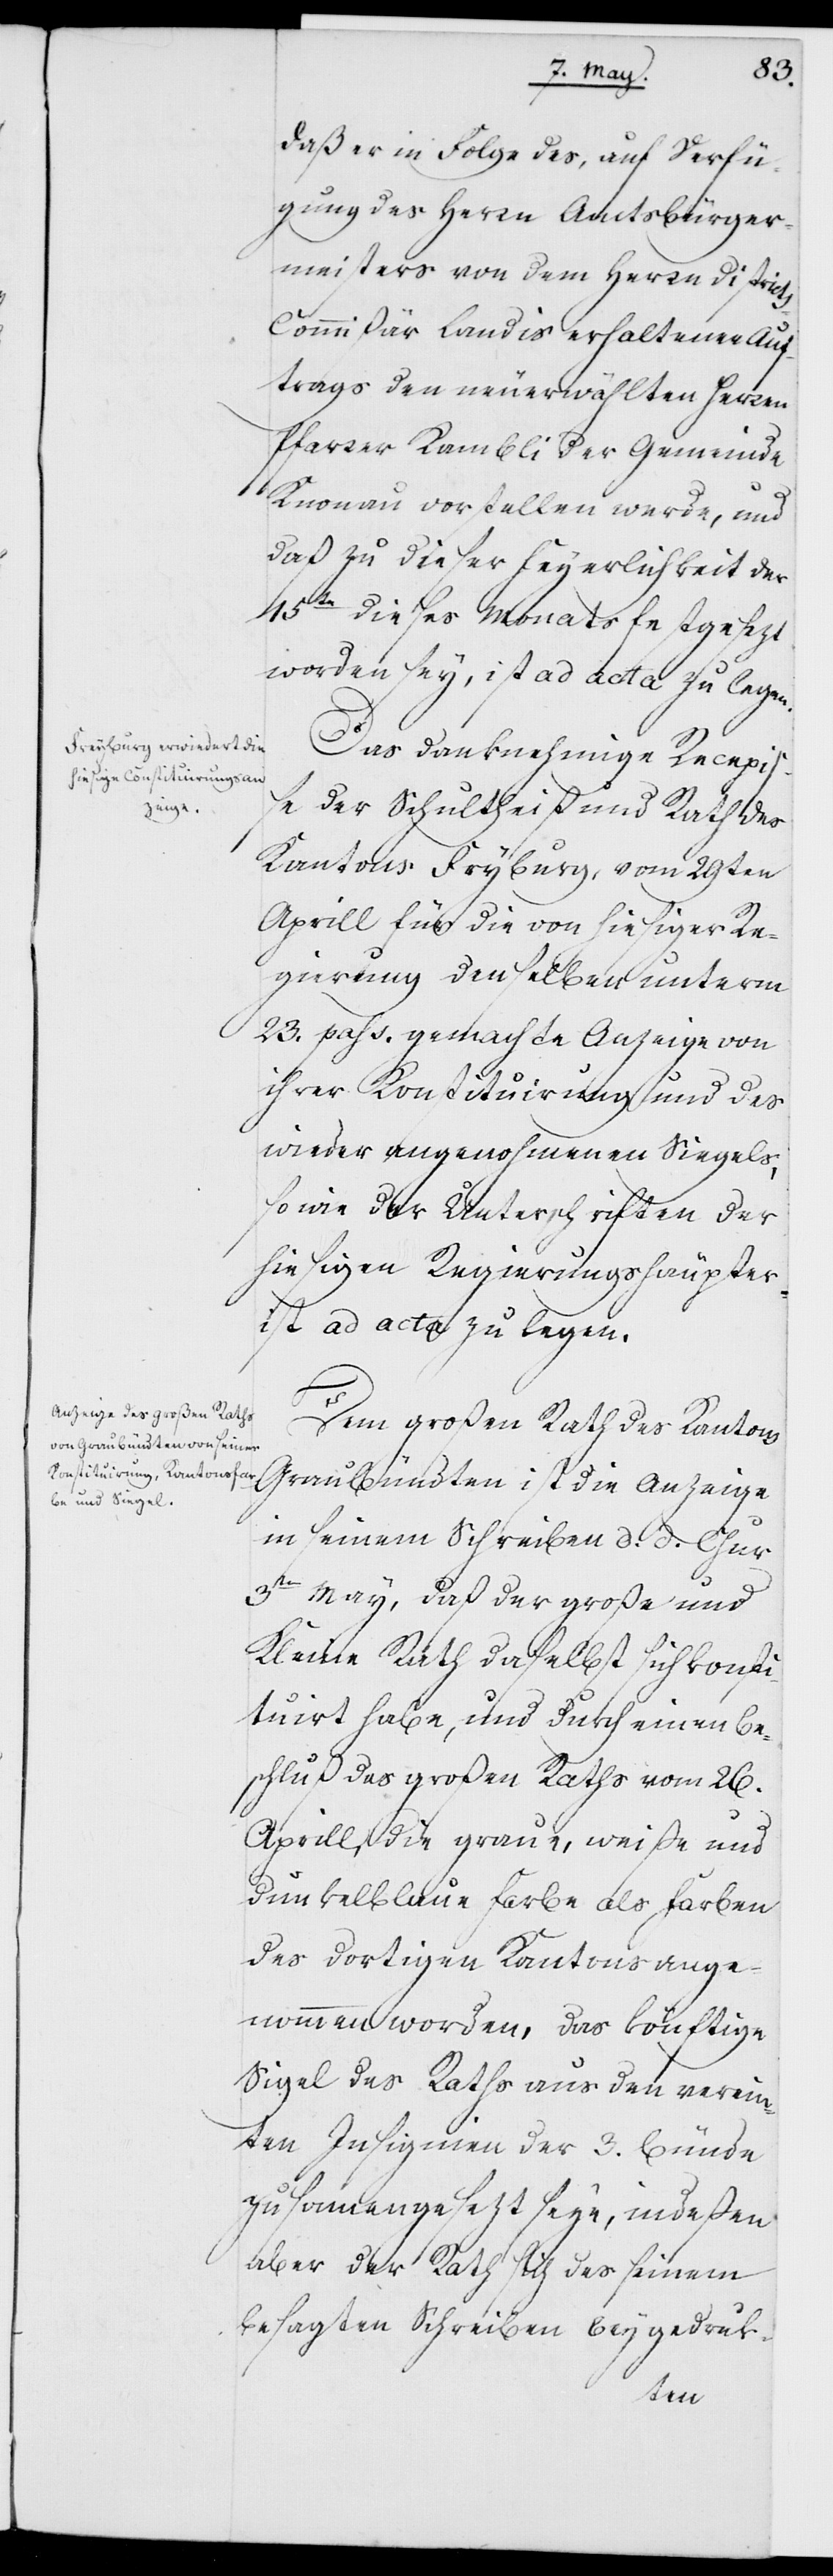
daß er in Folge des, auf Verfü¬
gung des Herrn Amtsbürger¬
meisters von dem Herrn District¬
s-Commißär Landis erhaltenen Auf¬
trags den neuerwählten Herren
Pfarrer Kambli [sic!] der Gemeinde
Knonau vorstellen werde, und
daß zu dieser Feyerlichkeit der
15te dieses Monats festgesezt
worden sey, ist ad acta zu legen.
Das danknehmige Recepiß¬
e der Schultheiß und Rath des
Kantons Freyburg vom 29[s]ten
Aprill für die von hiesiger Re¬
gierung denselben unterm
23. pass. gemachte Anzeige von
ihrer Konstituirung und des
wieder angenohmenen Siegels;
sowie der Unterschriften der
hiesigen Regierungshäupter
ist ad acta zu legen.
Dem großen Rath des Kantons
Graubündten ist die Anzeige
in seinem Schreiben d. d. Chur
3ten May, daß der große und
Kleine Rath daselbst sich konsti¬
tuiert habe, und durch einen Be¬
schluß des großen Raths vom 26.
Aprill, die graue, weiße und
dunkelblaue Farbe als Farben
des dortigen Kantons ange¬
nommen worden, das könftige
Sigel des Raths aus den verein¬
ten Insignien der 3. Bünde
zusamengesezt seye, indeßen
aber der Rath sich des seinem
besagten Schreiben beygedruk-